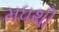
મધથી